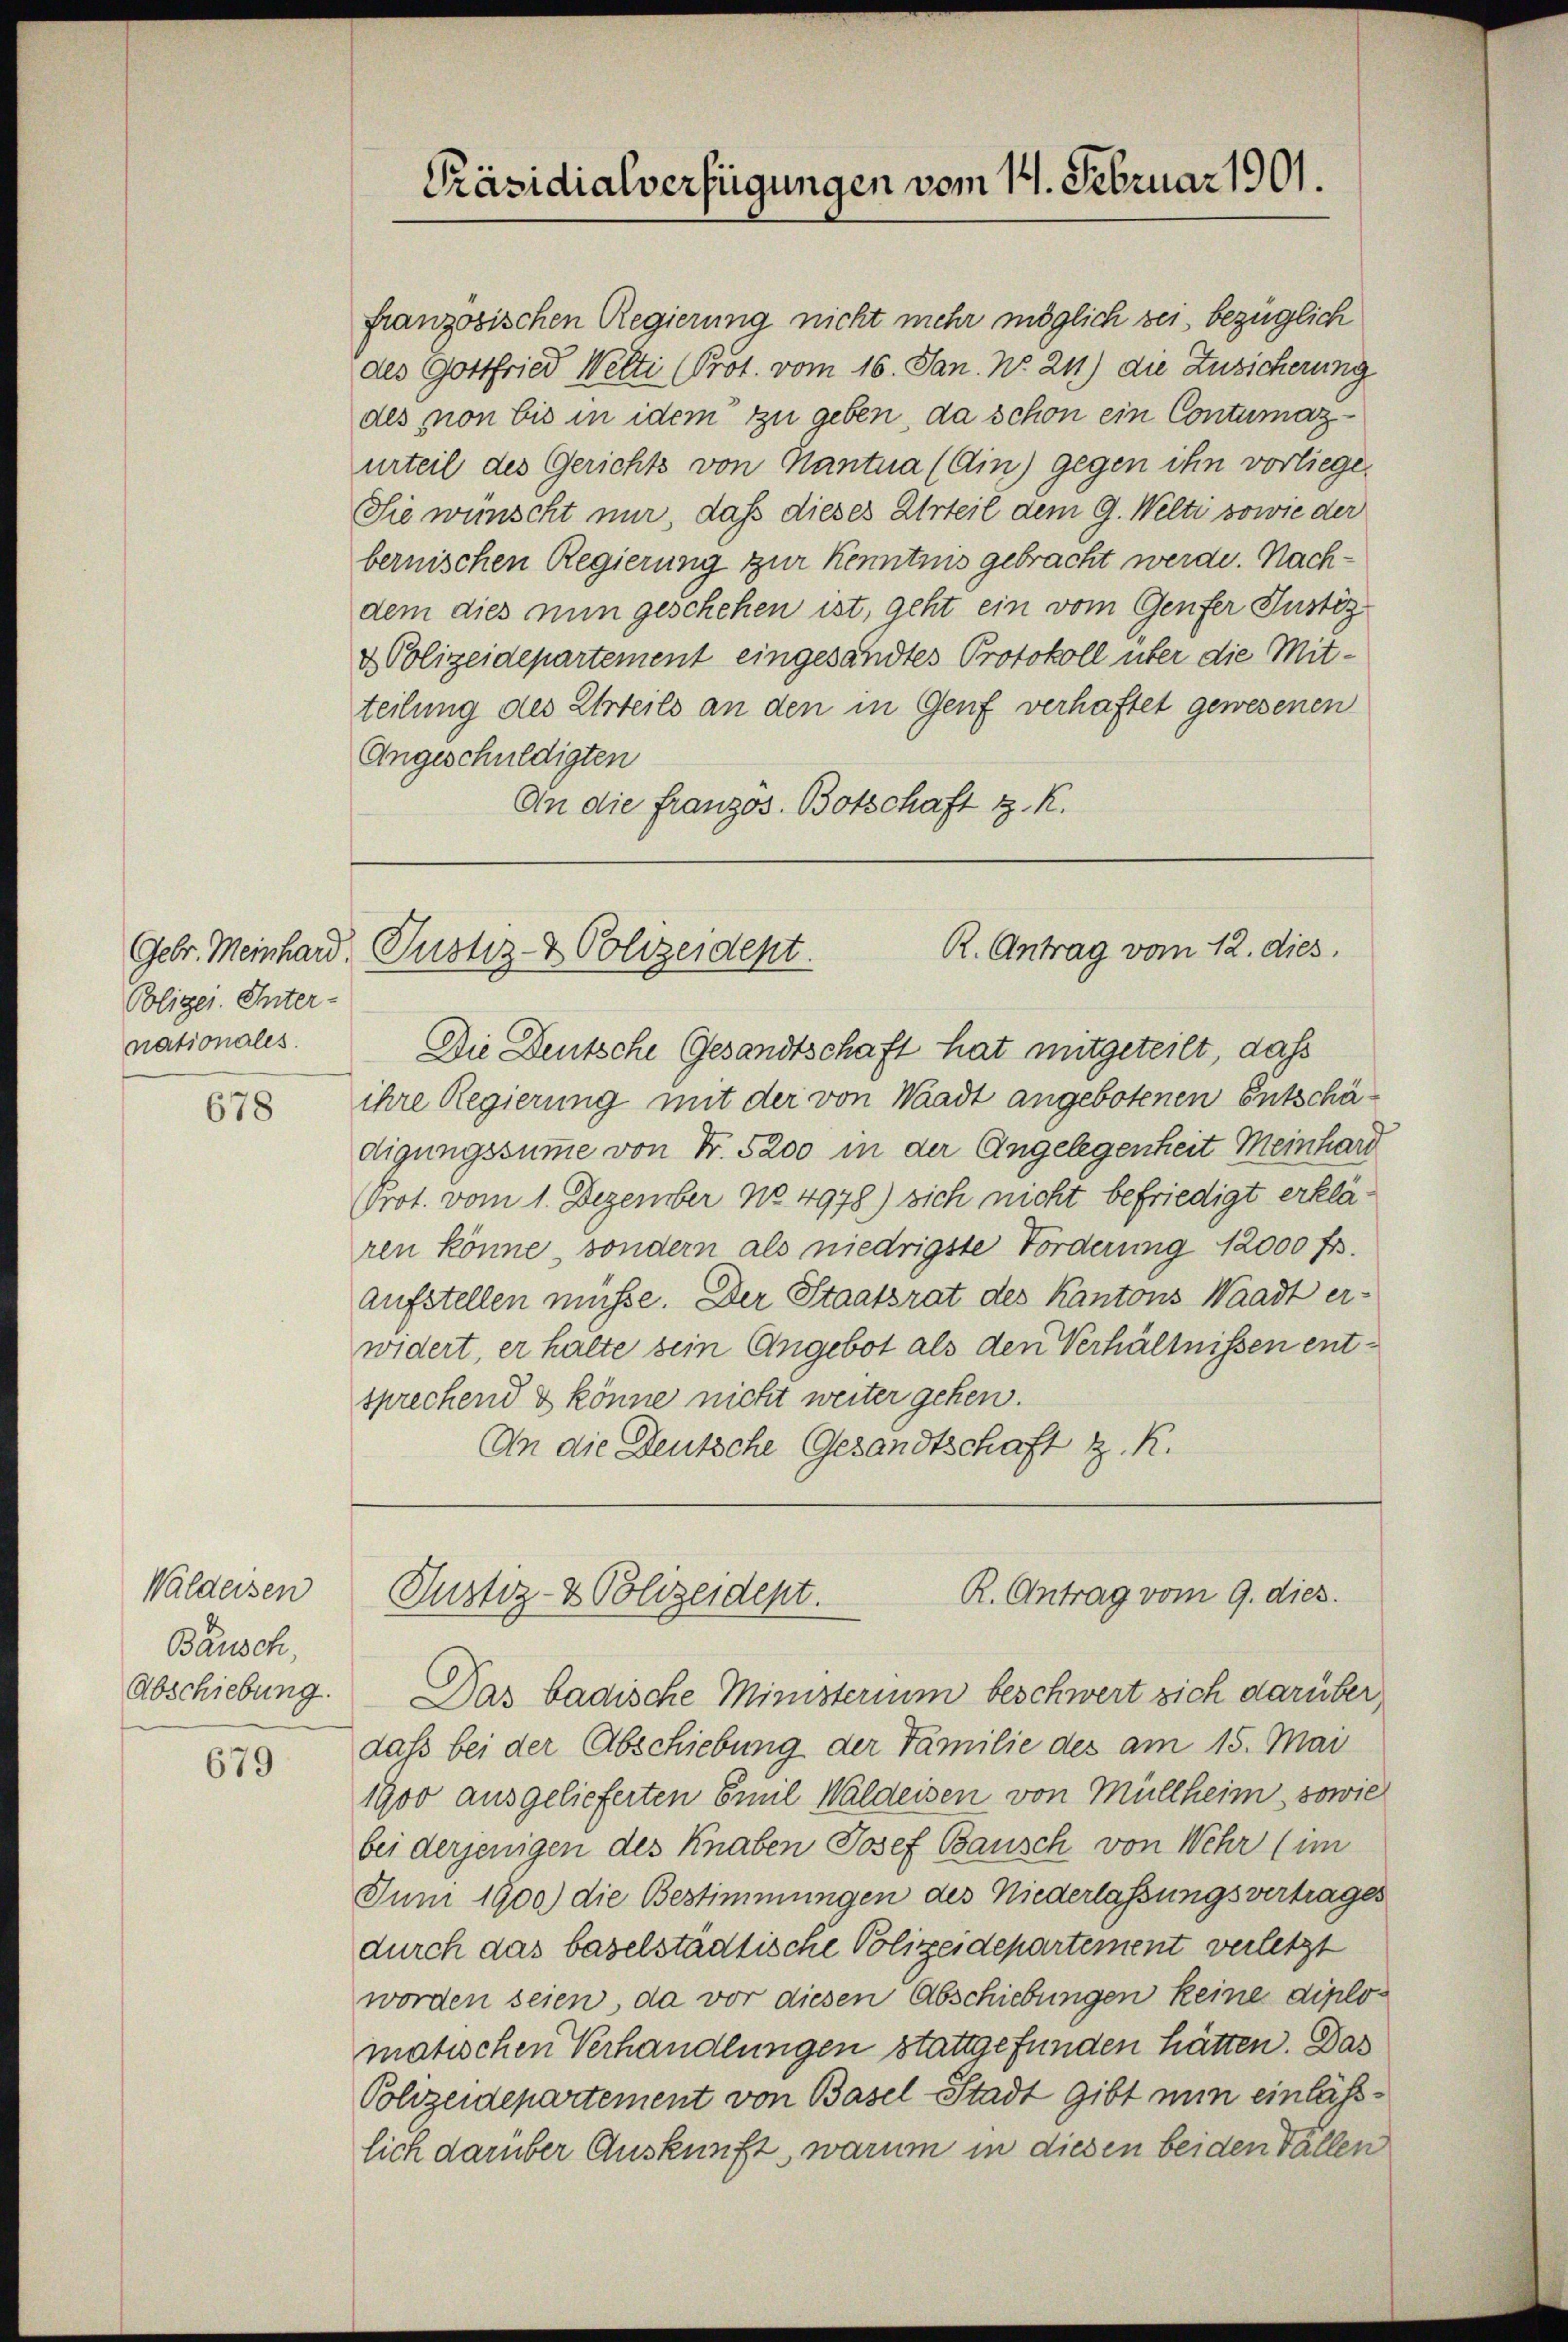
Gebr. Meinhard.
Polizei. Inter-
nationales.

678

Waldeisen
Bäusch,

679

französischen Regierung nicht mehr möglich sei, bezüglich
des Gottfried Welti (Prot. vom 16. Jan. No. 211) die Zusicherung
des non bis in idem zu geben, da schon ein Contumazurteil des Gerichts von Mantua (Ain) gegen ihn vorliege.
Sie wünscht nur, daß dieses Urteil dem G. Welti sowie der
bernischen Regierung zur Kenntnis gebracht werde. Nachdem dies nun geschehen ist, geht ein vom Genfer Justiz
& Polizeidepartement eingesandtes Protokoll über die Mitteilung des Urteils an den in Genf verhaftet gewesenen
Angeschuldigten
An die Französ. Botschaft z. K.

Präsidialverfügungen vom 14. Februar 1901.

R. Antrag vom 12. dies
Justiz- & Polizeident.

Die Deutsche Gesandtschaft hat mitgeteilt, daß
ihre Regierung mit der von Waadt angebotenen Entschädigungssumme von Fr. 5200 in der Angelegenheit Meinhard
Prot. vom 1. Dezember No. 4978) sich nicht befriedigt erklären könne , sondern als niedrigste Forderung 12000 fr.
aufstellen müsse. Der Staatsrat des Kantons Waadt er-
widert, er halte sein Angebot als den Verhältnissen entsprechend & könne nicht weiter gehen.
An die Deutsche Gesandtschaft z. R.

R. Antrag vom 9. dies
Justiz- & Polizeidept.

Abschiebung. Das badische Ministerium beschwert sich darüber
dass bei der Abschiebung der Familie des am 15. Mai
1900 ausgelieferten Emil Waldeisen von Müllheim, sowie
bei derjenigen des Knaben Josef Bausch von Wehr (im
Jum 1900) die Bestimmungen des Niederlassungsvertrages
durch das baselstädtische Polizeidepartement verletzt
worden seien, da vor diesen Abschiebungen keine diplomatischen Verhandlungen stattgefunden hätten. Das
Polizeidepartement von Basel-Stadt gibt nun einlässlich darüber Auskunft, warum in diesen beiden Fällen